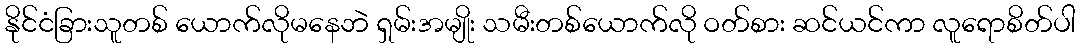
နိုင်ငံခြားသူတစ် ယောက်လိုမနေဘဲ ရှမ်းအမျိုး သမီးတစ်ယောက်လို ဝတ်စား ဆင်ယင်ကာ လူရောစိတ်ပါ